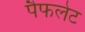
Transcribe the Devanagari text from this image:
पैफलेट